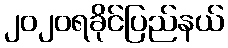
၂၀၂၀ရခိုင်ပြည်နယ်